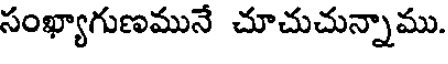
సంఖ్యాగుణమునే చూచుచున్నాము.